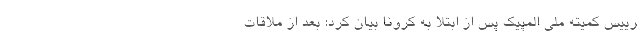
رییس کمیته ملی المپیک پس از ابتلا به کرونا بیان کرد: بعد از ملاقات